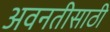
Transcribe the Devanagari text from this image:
अवनतीसाठी